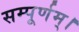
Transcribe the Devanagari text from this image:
सम्पूर्णम्।